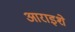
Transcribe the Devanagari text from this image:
आराइशे